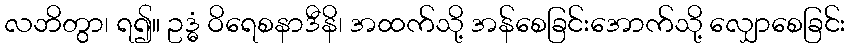
လဘိတွာ၊ ရ၍။ ဥဒ္ဓံ ဝိရေစနာဒီနိ၊ အထက်သို့ အန်စေခြင်းအောက်သို့ လျှောစေခြင်း